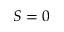
S = 0